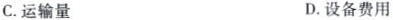
C. 运输量 D. 设备费用